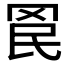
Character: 𮊄